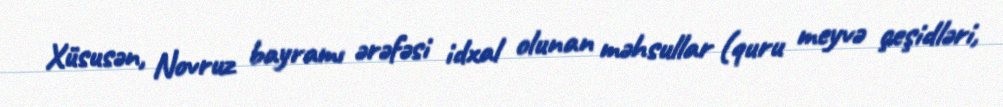
Xüsusən, Novruz bayramı ərəfəsi idxal olunan məhsullar (quru meyvə çeşidləri,